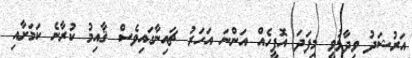
އަރުޝަދު ވިދާޅުވީ މިފަދަ އޮފީހެއް އަންނަ އަހަރު ޗައިނާގައިވެސް ޤާއިމު ކުރާނެ ކަމަށާއި